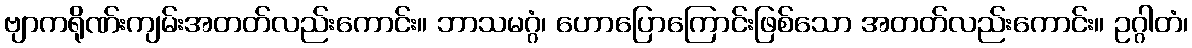
ဗျာကရိုဏ်းကျမ်းအတတ်လည်းကောင်း။ ဘာသမဂ္ဂံ၊ ဟောပြောကြောင်းဖြစ်သော အတတ်လည်းကောင်း။ ဥဂ္ဂါတံ၊